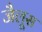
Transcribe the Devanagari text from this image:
जैलूस